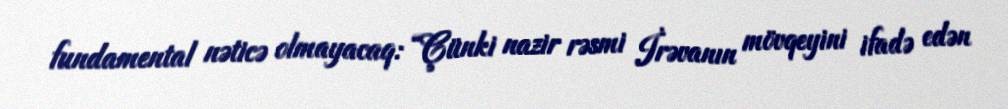
fundamental nəticə olmayacaq: “Çünki nazir rəsmi İrəvanın mövqeyini ifadə edən